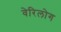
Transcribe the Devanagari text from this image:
वेरिलोग